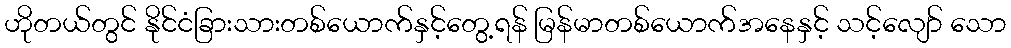
ဟိုတယ်တွင် နိုင်ငံခြားသားတစ်ယောက်နှင့်တွေ့ရန် မြန်မာတစ်ယောက်အနေနှင့် သင့်လျော် သော